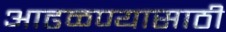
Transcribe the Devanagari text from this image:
आढळण्यासाठी